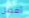
أفضل